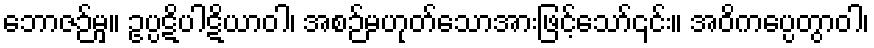
ဘောဇဉ်မှ။ ဥပ္ပဋိပါဋိယာဝါ၊ အစဉ်မဟုတ်သောအားဖြင့်သော်၎င်း။ အဝိကပ္ပေတွာဝါ၊